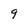
Character: 9